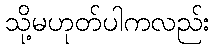
သို့မဟုတ်ပါကလည်း